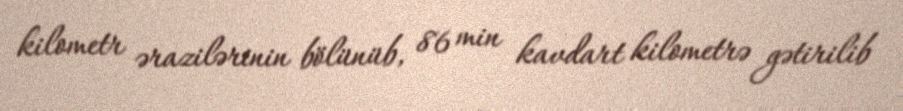
kilometr ərazilərinin bölünüb, 86 min kavdart kilometrə gətirilib